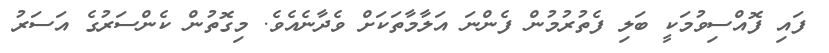
ފައި ފޮއްސިވުމަކީ ބަލި ފެތުރުމުން ފެންނަ އަލާމާތަކަށް ވެދާނެއެވެ. މިގޮތުން ކެންސަރުގެ އަސަރު